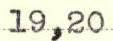
19,20